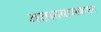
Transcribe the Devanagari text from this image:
अज्ञातवासकाल